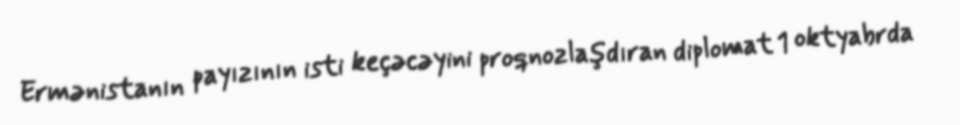
Ermənistanın payızının isti keçəcəyini proqnozlaşdıran diplomat 1 oktyabrda